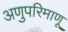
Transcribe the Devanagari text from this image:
अणुपरिमाणू